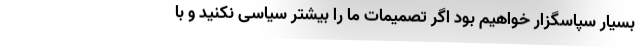
بسیار سپاسگزار خواهیم بود اگر تصمیمات ما را بیشتر سیاسی نکنید و با